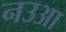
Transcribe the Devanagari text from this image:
नउआ